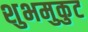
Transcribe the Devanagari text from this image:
शुभमुकुट